Civil Veterinary Department. United Provinces 1923-31 - 1923-1931
Year: 1923
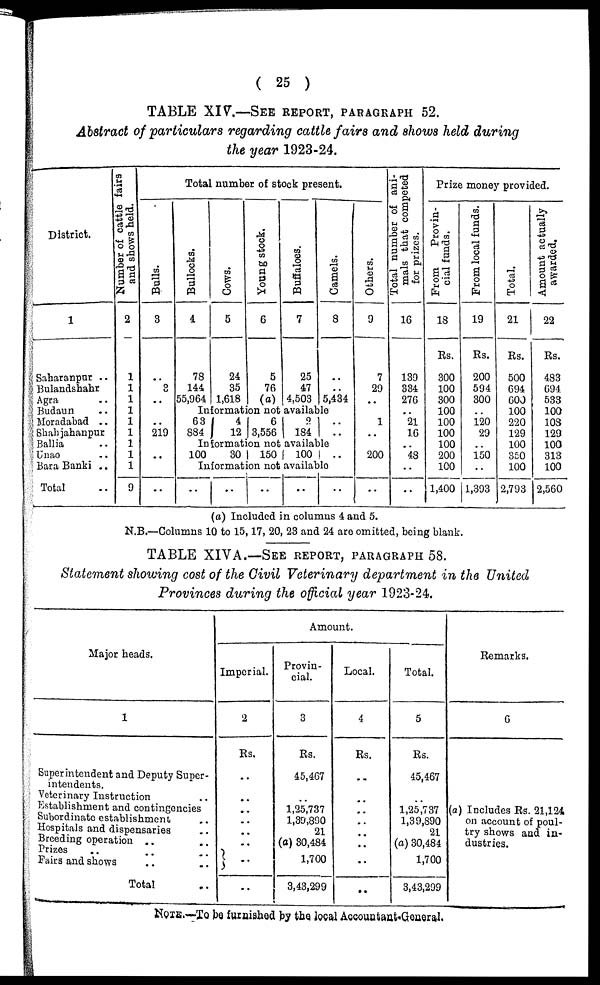
( 25 )
TABLE XIV.—SEE REPORT, PARAGRAPH 52.
Abstract of particulars regarding cattle fairs and shows held during
the year 1923-24.
District.
1
Saharanpur ..
Bulandshahr
Agra ..
Budaun ..
Moradabad ..
Shahjahanpur
Ballia ..
Unao ..
Bara Banki ..
Total ..
Number of cattle fairs
and shows held.
2
1
1
1
1
1
1
1
1
1
9
Total number of stock present.
Bulls.
3
..
3
..
..
219
..
..
Bullocks.
4
78
144
55,964
Cows.
5
24
35
1,618
Young stock.
6
5
76
(a)
Buffaloes.
7
25
47
4,503
Camels.
8
..
..
5,434
Information not available
63
884 4 12
6
3,556
2
184
..
..
Information not available
100
30
150
100 ..
Information not available
..
..
..
..
..
Others.
9
7
29
..
1
..
200
..
Total number of ani-
mals that competed
for prizes.
16
139
334
276
..
21
16
..
48
..
..
Prize money provided.
From
Provin-
cial funds.
18
Rs.
300
100
300
100
100
100
100
200
100
1,400
From local funds.
19
Rs.
200
594
300
..
120
29
..
150
..
1,393
Total.
21
Rs.
500
694
600
100
220
129
100
350
100
2,793
Amount actually
awarded.
22
Rs.
483
694
533
100
108
129
100
313
100
2,560
(a) Included in columns 4 and 5.
N.B.—Columns 10 to 15, 17, 20, 23 and 24 are omitted, being blank.
TABLE XIVA.—SEE REPORT, PARAGRAPH 58.
Statement showing cost of the Civil Veterinary department in the United
Provinces during the official year 1923-24.
Major heads.
1
Superintendent and Deputy Super-
intendents.
Veterinary Instruction ..
Establishment and contingencies
Subordinate establishment ..
Hospitals and dispensaries ..
Breeding operation .. ..
Prizes .. .. ..
Fairs and shows .. ..
Total ..
Amount.
Imperial.
2
Rs.
..
..
..
..
..
..
..
..
Provin-
cial.
3
Rs.
45,467
..
1,25,737
1,30,890
21
(0) 30,484
1,700
3,43,299
Local.
4
Rs.
..
..
..
..
..
..
..
..
Total.
5
Rs.
45,467
..
1,25,737
1,39,890
21
(a) 30,484
1,700
3,43,299
Remarks.
6
(a) Includes Rs. 21,124
on account of poul-
try shows and in-
dustries.
NOTE .—To be furnished by the local Accountant-General.